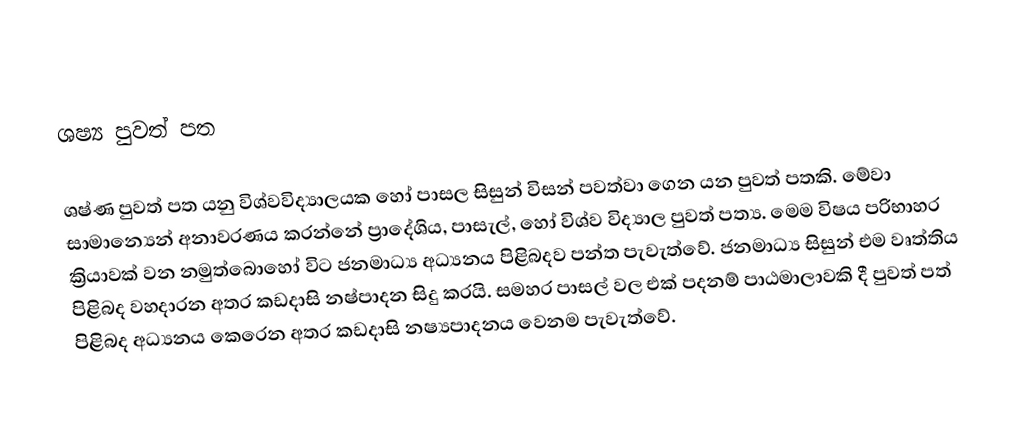
ශෂ්‍ය පුවත් පත

ශෂ්ණ පුවත් පත යනු  විශ්වවිද්‍යාලයක හෝ පාසල  සිසුන් විසන් පවත්වා ගෙන යන පුවත් පතකි.  මේවා සාමාන්‍යෙන් අනාවරණය කරන්නේ ප්‍රාදේශිය, පාසැල්, හෝ විශ්ව විද්‍යාල පුවත් පත්‍ය. මෙම විෂය පරිභාහර ක්‍රියාවක් වන නමුත්බොහෝ විට ජනමාධ්‍ය අධ්‍යනය පිළිබදව පන්ත පැවැත්වේ. ජනමාධ්‍ය සිසුන් එම වෘත්තිය පිළිබද වහදාරන අතර කඩදාසි නෂ්පාදන  සිදු කරයි. සමහර පාසල් වල එක් පදනම් පාඨමාලාවකි දී පුවත් පත් පිළිබද අධ්‍යනය කෙරෙන අතර කඩදාසි නෂ්‍යපාදනය වෙනම පැවැත්වේ.